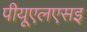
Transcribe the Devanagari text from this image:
पीयूएलएसइ